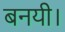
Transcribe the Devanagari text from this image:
बनयी।